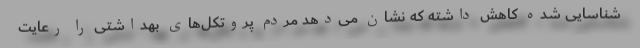
شناسایی شده کاهش داشته که نشان می‌دهد مردم پروتکل‌های بهداشتی را رعایت